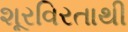
શૂરવિરતાથી